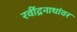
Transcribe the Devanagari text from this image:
रवींद्रनाथांवर